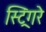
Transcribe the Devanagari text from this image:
स्ट्रिंगरे